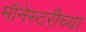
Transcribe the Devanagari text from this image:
मॉनेस्टरीच्या